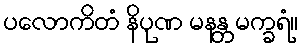
ပလောကိတံ နိပုဏ မနန္တ မက္ခရံ။